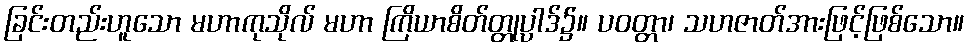
ခြင်းတည်းဟူသော မဟာကုသိုလ် မဟာ ကြိယာစိတ်တ္တုပ္ပါဒ်၌။ ပဝတ္တာ၊ သဟဇာတ်အားဖြင့်ဖြစ်သော။